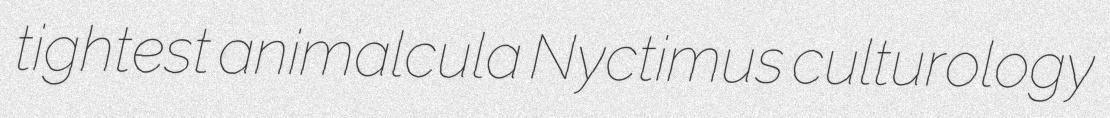
tightest animalcula Nyctimus culturology